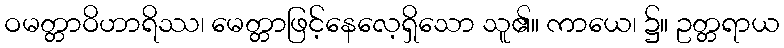
ဝမတ္တာဝိဟာရိဿ၊ မေတ္တာဖြင့်နေလေ့ရှိသော သူ၏။ ကာယေ၊ ၌။ ဥတ္တရာယ